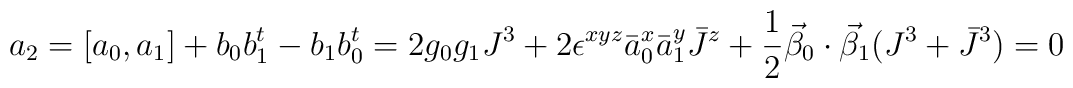
a_2= [a_0, a_1]+ b_0 b_1^t -b_1 b_0^t =2 g_0 g_1 J^3 +2 \epsilon^{x y z} \bar a_0^x \bar a_1^y \bar J^z+\frac{1}{2} \vec \beta_0 \cdot \vec \beta_1 (J^3 + \bar J^3) = 0